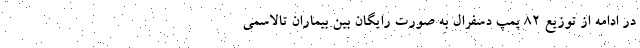
در ادامه از توزیع ۸۲ پمپ دسفرال به صورت رایگان بین بیماران تالاسمی